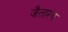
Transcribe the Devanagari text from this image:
जैतारन